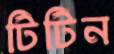
টিটিন